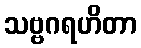
သဗ္ဗဂရဟိတာ